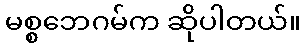
မစ္စဘေဂမ်က ဆိုပါတယ်။